Annual administration report of the Civil Veterinary Department of India - 1897-1898
Year: 1897
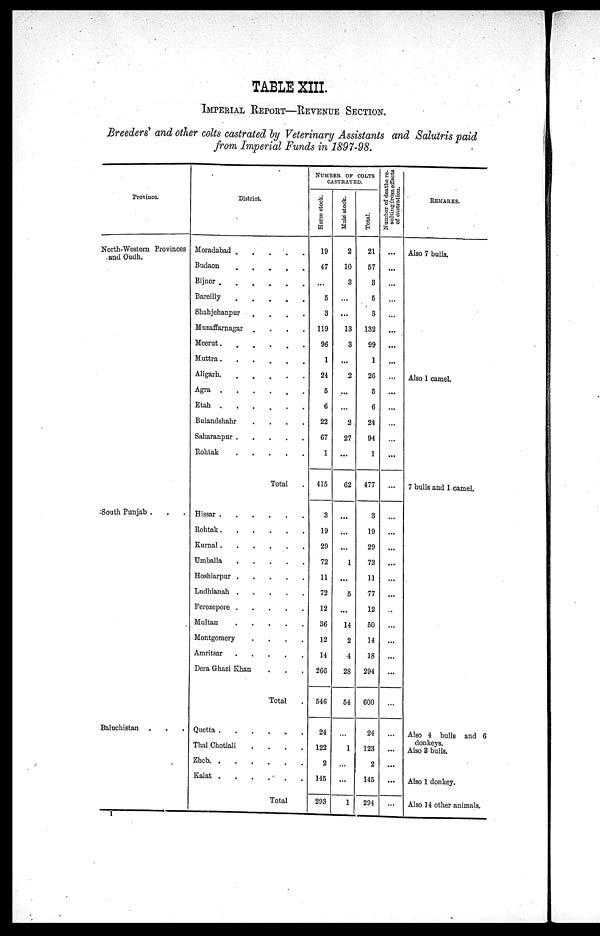
TABLE XIII.
IMPERIAL REPORT—REVEUE SECTION.
Breeders' and other colts castrated by Veterinary Assistants and Salutris paid
from Imperial Funds in 1897—98.
Province.
North—Western Provinces
and Oudh.
South Punjab . . .
Baluchistan
District.
Moradabad
.....
Budaon
.....
Bijnor
.....
Bareilly
.....
Shahjehanpur
....
Muzaffarnagar
....
Meerut.
.....
Muttra......
Aligarh.
.....
Agra
......
Etah
......
Bulandshahr
....
Saharanpur
.....
Rohtak
.....
Total .
Hissar
.....
Rohtak
.....
Kurnal
.....
Umballa
.....
Hoshiarpur
.....
Ludhianah
.....
Ferozepore
.....
Multan
.....
Montgomery
....
Amritsar
.....
Dera Ghazi Khan . . .
Total .
Quetta
.....
Thal Chotiali
....
Zhob.
.....
Kalat
.....
Total .
NUMBER OF COLTS
CASTRATED.
Horse stock.
19
47
...
5
3
119
96
1
24
5
6
22
67
1
415
3
19
29
72
11
72
12
36
12
14
266
546
24
122
2
145
293
Mule stock.
2
10
3
...
...
13
3
...
...
...
...
2
27
...
62
...
...
...
1
...
5
...
14
2
4
28
54
...
1
...
...
1
Total.
21
57
3
5
3
132
99
1
26
5
6
24
94
1
477
3
19
29
73
11
77
12
50
14
18
294
600
24
123
2
145
294
Number of deaths re-
sulting from effects
of castration.
...
...
...
...
...
...
...
...
...
...
...
...
...
...
...
...
...
...
...
...
...
...
...
...
...
...
...
...
...
...
...
...
REMARKS.
Also 7 bulls.
Also 1 camel.
7 bulls and 1 camel.
Also 4 bulls and 6
donkeys.
Also 3 bulls.
Also 1 donkey.
Also 14 other animals.
1